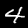
Label: 4